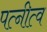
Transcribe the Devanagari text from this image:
पत्नीत्व